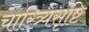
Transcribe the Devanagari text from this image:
चारित्र्यसृष्टि